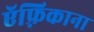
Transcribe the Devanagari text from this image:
ऍफ़्रिकाना